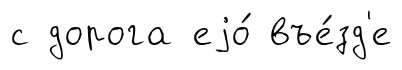
с дорога еjо́ въе́зд'е